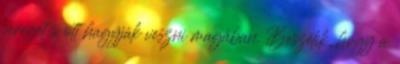
seregét s ott hagyják veszni magában. Beszélik, hogy a